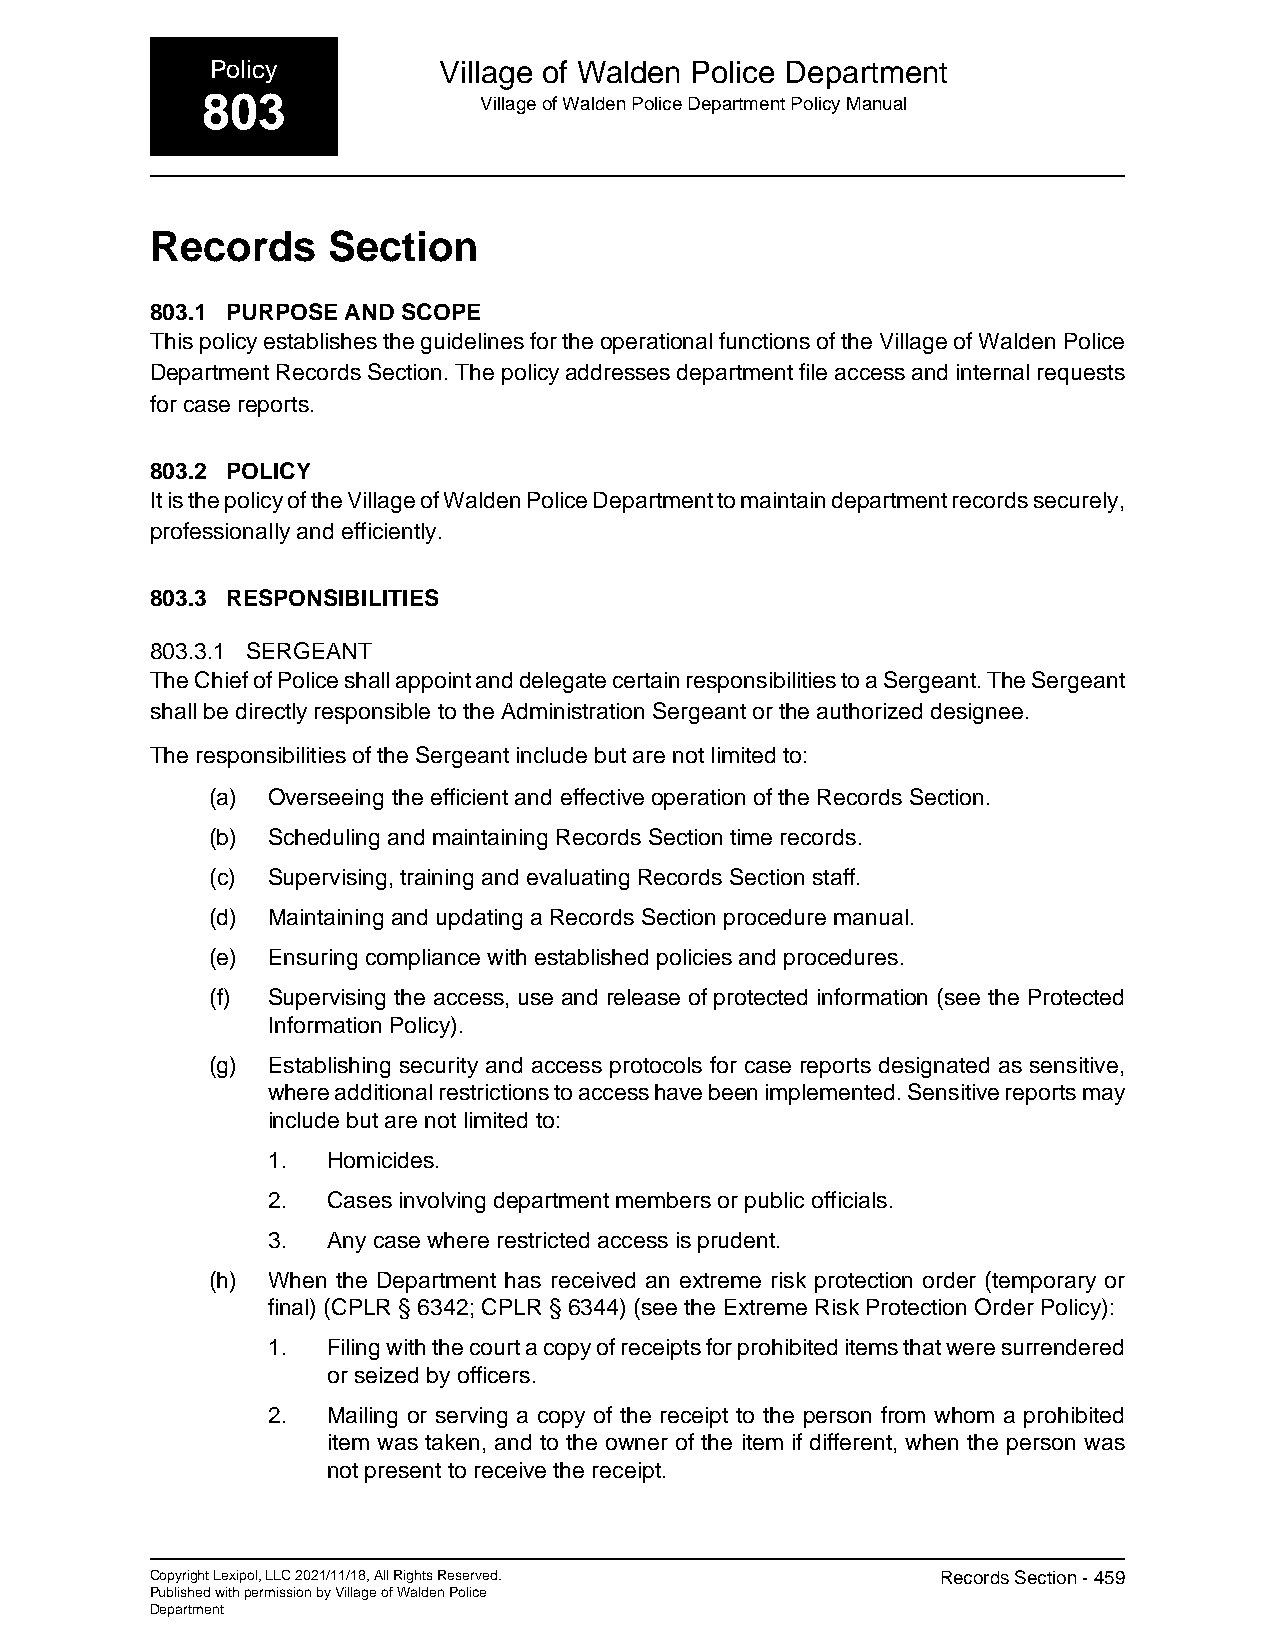
Policy         Village of Walden Police Department
 803                Village of Walden Police Department Policy Manual
 Records     Section
 803.1 PURPOSE AND SCOPE
 This policy establishes the guidelines for the operational functions of the Village of Walden Police
 Department Records Section. The policy addresses department file access and internal requests
 for case reports.
 803.2 POLICY
 It is the policy of the Village of Walden Police Department to maintain department records securely,
 professionally and efficiently.
 803.3 RESPONSIBILITIES
 803.3.1 SERGEANT
 The Chief of Police shall appoint and delegate certain responsibilities to a Sergeant. The Sergeant
 shall be directly responsible to the Administration Sergeant or the authorized designee.
 The responsibilities of the Sergeant include but are not limited to:
 (a) Overseeing the efficient and effective operation of the Records Section.
 (b) Scheduling and maintaining Records Section time records.
 (c) Supervising, training and evaluating Records Section staff.
 (d) Maintaining and updating a Records Section procedure manual.
 (e) Ensuring compliance with established policies and procedures.
 (f) Supervising the access, use and release of protected information (see the Protected
 Information Policy).
 (g) Establishing security and access protocols for case reports designated as sensitive,
 where additional restrictions to access have been implemented. Sensitive reports may
 include but are not limited to:
 1.  Homicides.
 2.  Cases involving department members or public officials.
 3.  Any case where restricted access is prudent.
 (h) When the Department has received an extreme risk protection order (temporary or
 final) (CPLR § 6342; CPLR § 6344) (see the Extreme Risk Protection Order Policy):
 1.  Filing with the court a copy of receipts for prohibited items that were surrendered
 or seized by officers.
 2.  Mailing or serving a copy of the receipt to the person from whom a prohibited
 item was taken, and to the owner of the item if different, when the person was
 not present to receive the receipt.
 Copyright Lexipol, LLC 2021/11/18, All Rights Reserved. Records Section - 459
 Published with permission by Village of Walden Police
 Department